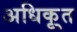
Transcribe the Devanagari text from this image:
अधिकृ्त